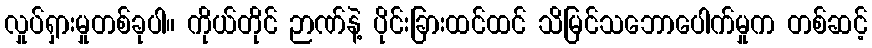
လှုပ်ရှားမှုတစ်ခုပါ။ ကိုယ်တိုင် ဉာဏ်နဲ့ ပိုင်းခြားထင်ထင် သိမြင်သဘောပေါက်မှုက တစ်ဆင့်